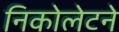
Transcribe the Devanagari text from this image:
निकोलेटने